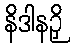
နိဒါနဉှိ